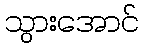
သွားအောင်